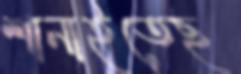
শানাইতেছ